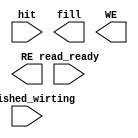
module cache_control(
    input wire hit, read_ready, finished_wirting,

    output wire fill, WE, RE
);

endmodule